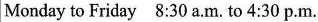
Monday to Friday 8:30 a.m.to 4:30 p.m.